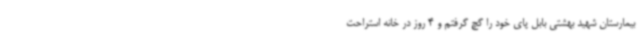
بیمارستان شهید بهشتی بابل پای خود را گچ گرفتم و 4 روز در خانه استراحت